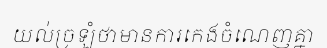
យល់ច្រឡំថាមានការកេងចំណេញគ្នា